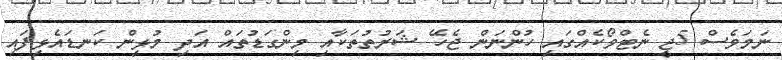
ނަމަވެސް 5ޖީ ނެޓްވޯކެއްގައި ހުންނަން ޖެހޭ ޝަރުތުތަކާއި މިންގަޑުތައް އަދި މުޅިން ކަނޑައެޅިފައި